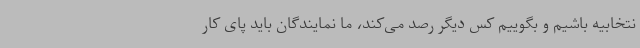
نتخابیه باشیم و بگوییم کس دیگر رصد می‌کند، ما نمایندگان باید پای کار